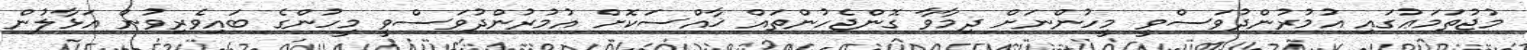
މުޖުތަމަޢުގައި އުމުރުންދުވަސްވީ މީހުންނަށް ދިމާވާ ގޮންޖެހުންތައް ޚާއްސަކޮށް އުމުރުންދުވަސްވީ މީހުންގެ ބައިވެރިވުން އަޅާލުން